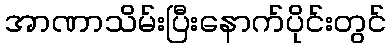
အာဏာသိမ်းပြီးနောက်ပိုင်းတွင်